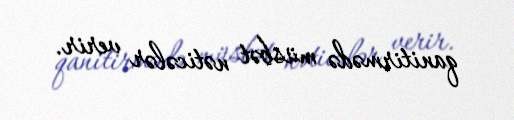
qanitirmədə müsbət nəticələr verir.